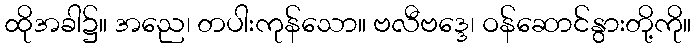
ထိုအခါ၌။ အညေ၊ တပါးကုန်သော။ ဗလီဗဒ္ဒေ၊ ဝန်ဆောင်နွားတို့ကို။